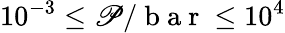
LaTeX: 10^{-3}\le\mathscr{P}/\mathrm{{~b~a~r~}}\le10^{4}